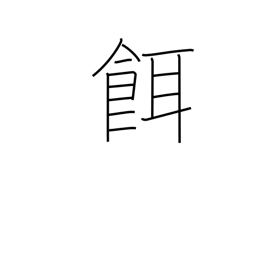
Meaning: prey